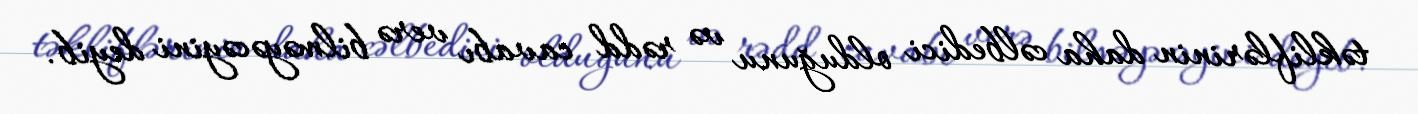
təkliflərinin daha cəlbedici olduğunu və rədd cavabı verə bilməyəcəyini deyib.